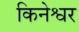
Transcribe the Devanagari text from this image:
किनेश्वर